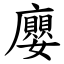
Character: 廮